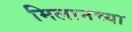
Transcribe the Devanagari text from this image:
मिलानच्या